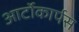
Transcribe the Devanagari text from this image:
आर्टोकार्पस